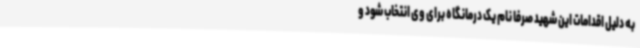
به دلیل اقدامات این شهید صرفا نام یک درمانگاه برای وی انتخاب شود و